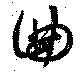
曲